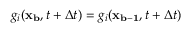
g _ { i } ( \mathbf { x _ { b } } , t + \Delta t ) = g _ { i } ( \mathbf { x _ { b - 1 } } , t + \Delta t )